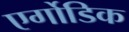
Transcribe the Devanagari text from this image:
एर्गोडिक